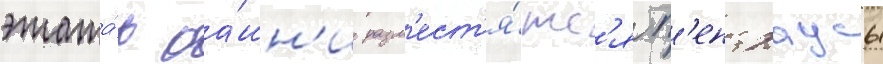
этажа́х ба́шн'и разм'ест'я́тс'я п'ентхаусы